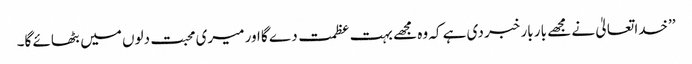
’’خدا تعالیٰ نے مجھے بار بار خبر دی ہے کہ وہ مجھے بہت عظمت دے گا اور میری محبت دلوں میں بٹھائے گا۔